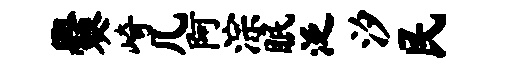
爨崎几阿淙眠泛汐民